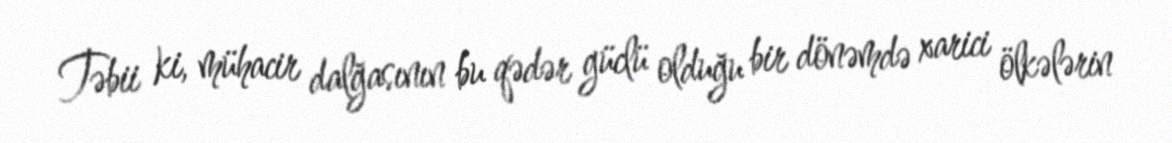
Təbii ki, mühacir dalğasının bu qədər güclü olduğu bir dönəmdə xarici ölkələrin